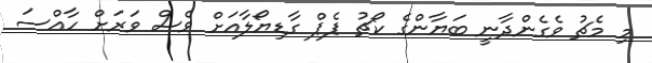
މި މެޗު ވެގެންދާނީ ބަޔާންގެ ކޯޗު ޕެޕް ގާޑިޔޯލާއަށް ވެސް ވަރަށް ހާއްސަ